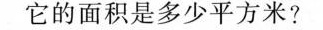
它的面积是多少平方米?